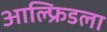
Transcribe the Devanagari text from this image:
आल्फ्रिडला